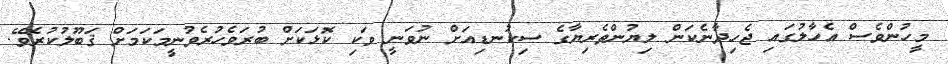
މީހުންވެސް އެހާލުގައި ޖެހިދާނެކަން ލިޔުންތެރިޔާގެ ސިކުނޑިއަށް ނުވަނީ ވަކި ކޮޅަކަށް ބުރަވެހުރެވުނީމަކަމަށް ޤަބޫލުކުރެވޭ.